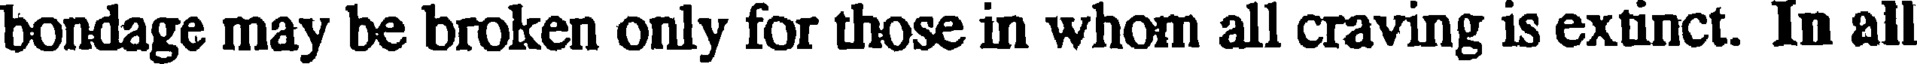
bondage may be broken only for those in whom all craving is extinct. In all